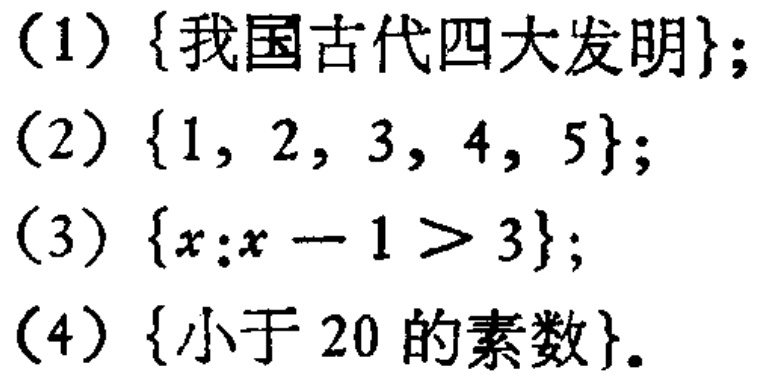
(1) \(\{\text{我国古代四大发明}\}\);

(2) \(\{1, 2, 3, 4, 5\}\);

(3) \(\{x:x - 1 > 3\}\);

(4) \(\{\text{小于 }20\text{ 的素数}\}\)